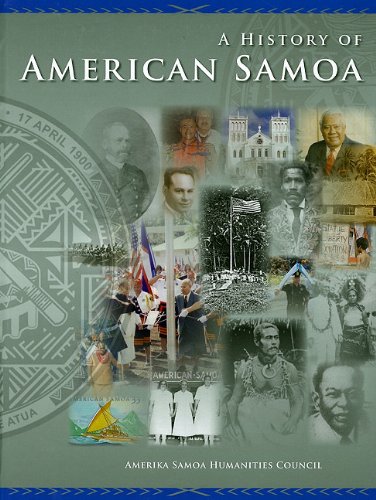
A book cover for History of American Samoa, A; Amerika Samoa Humanities Council; History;